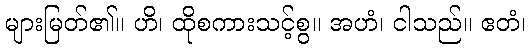
များမြတ်၏။ ဟိ၊ ထိုစကားသင့်စွ။ အဟံ၊ ငါသည်။ ဧတံ၊